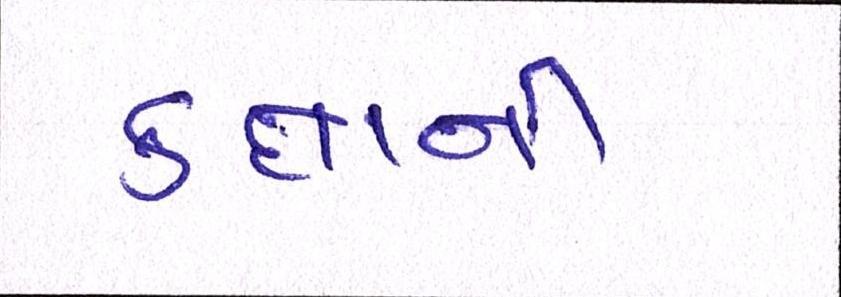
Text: કક્ષાની